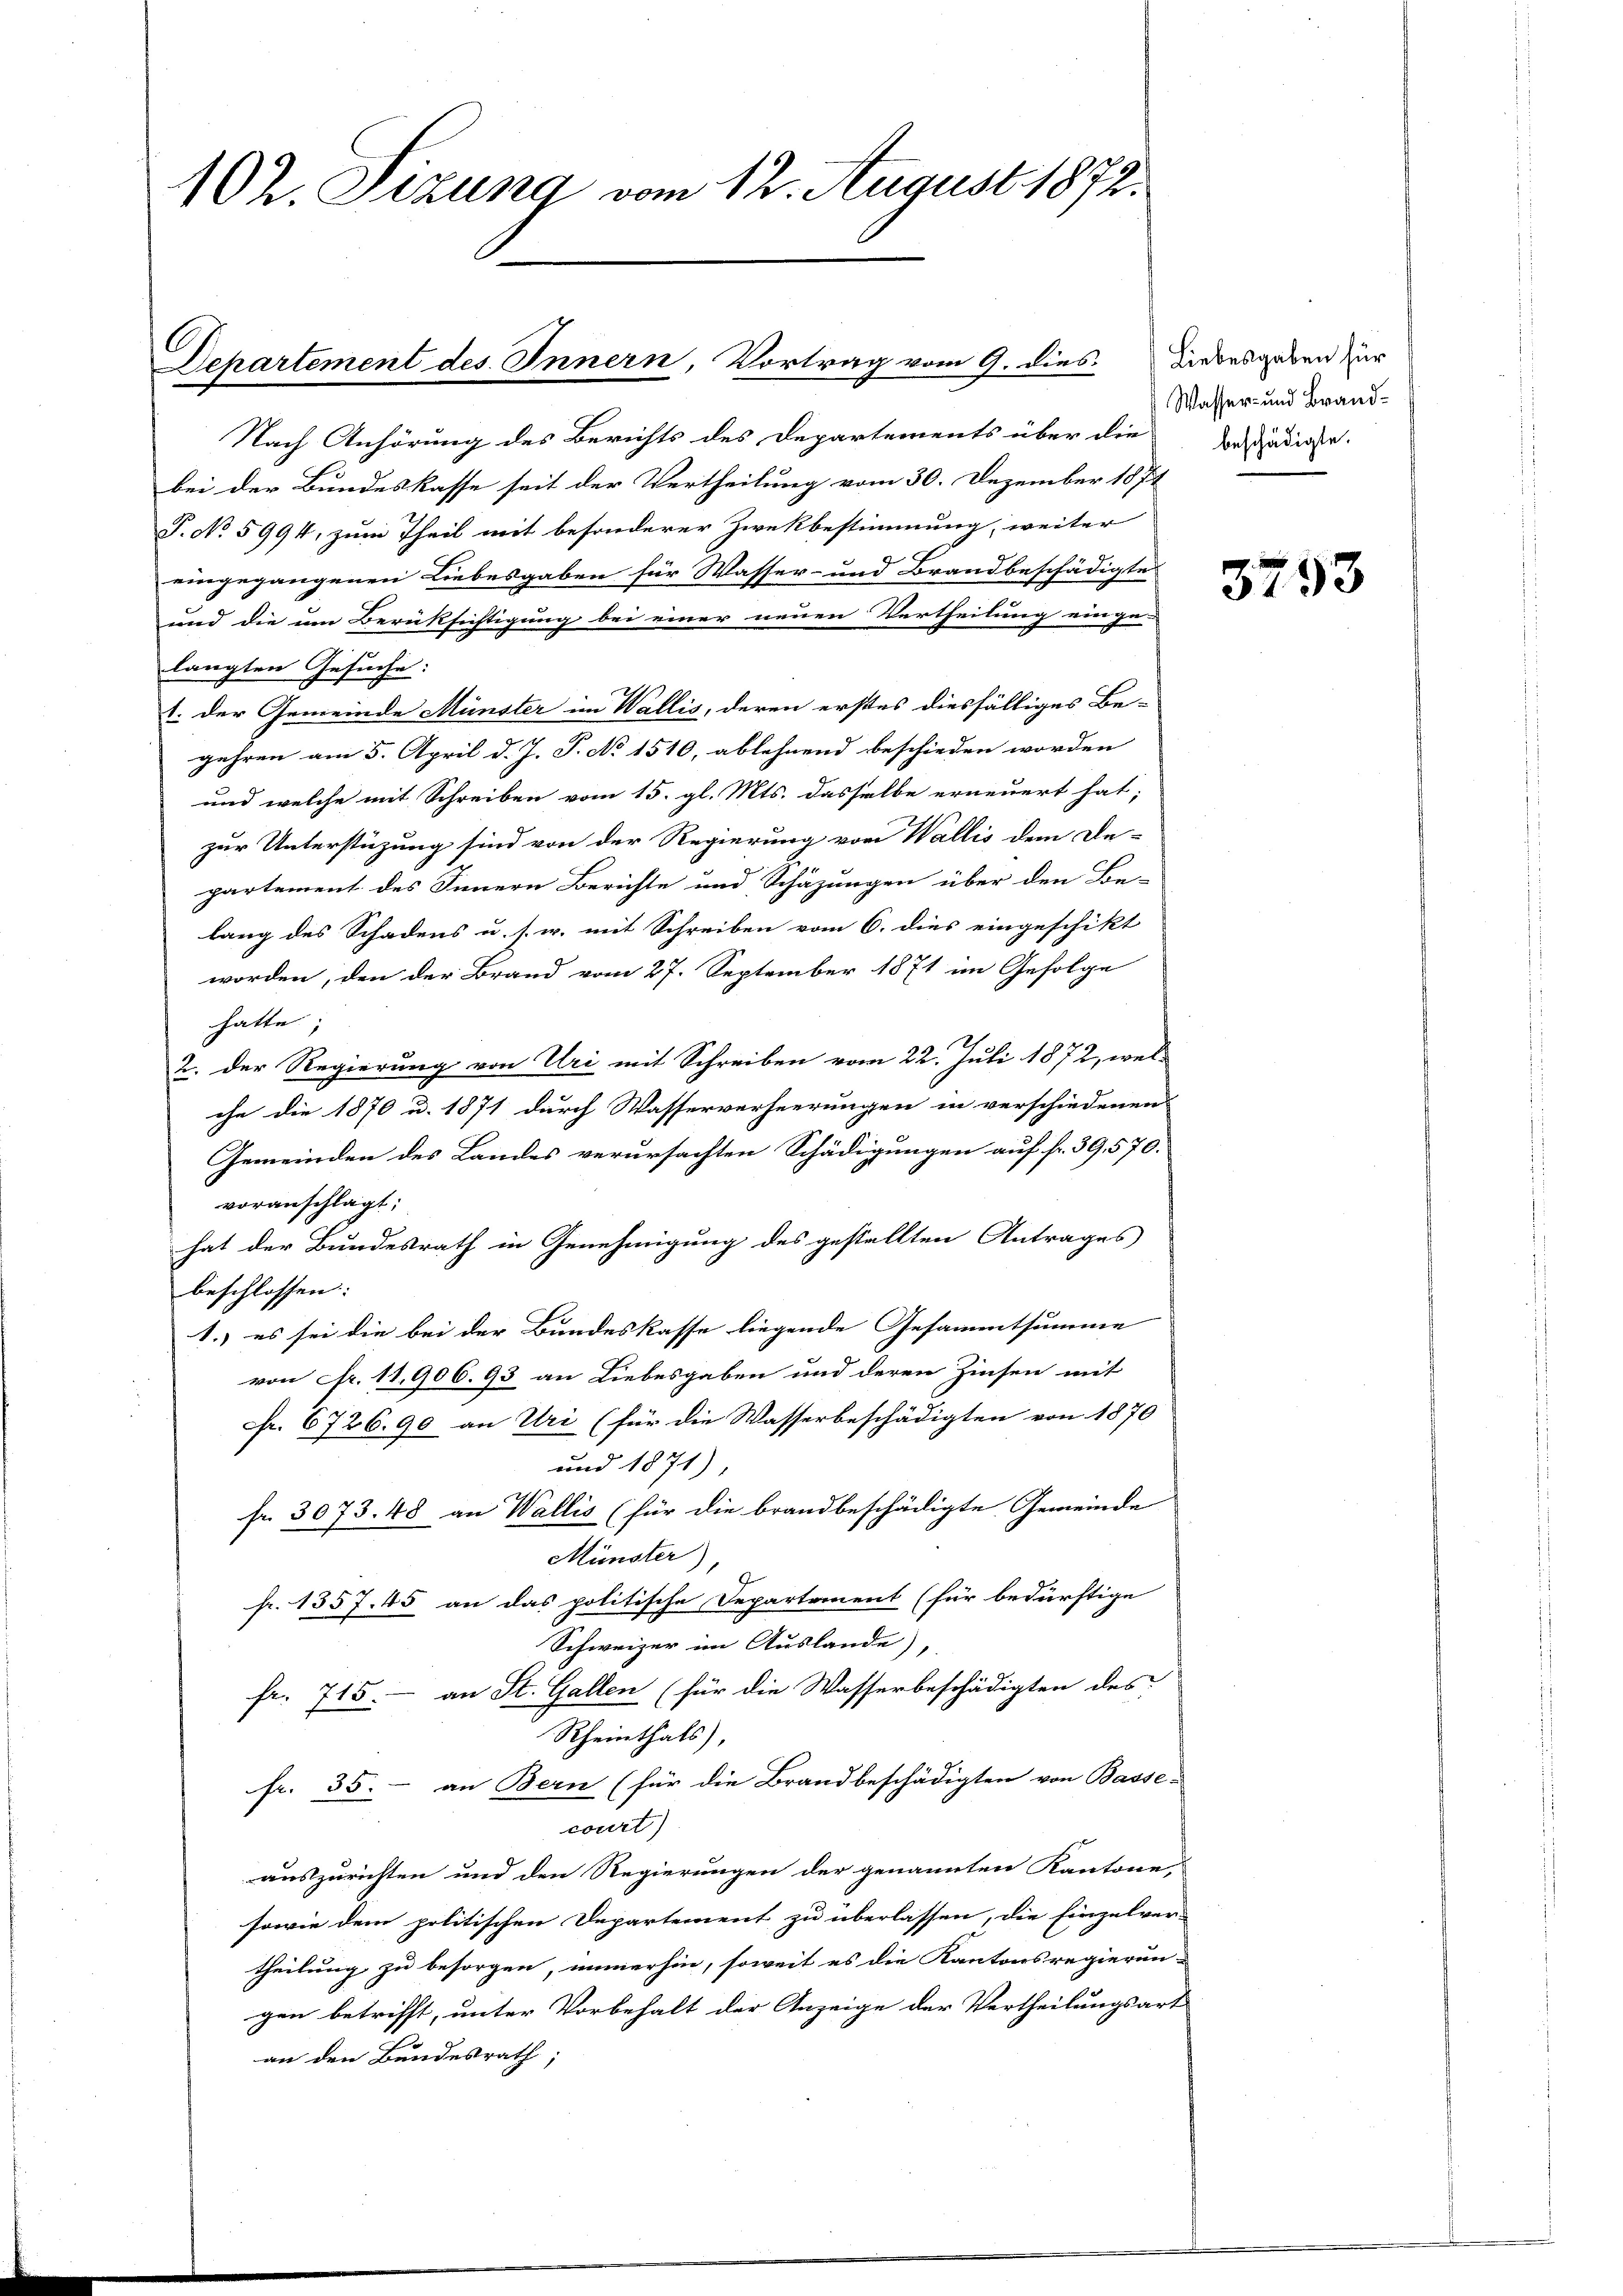
102. Sizung vom 12. August 1872.

Departement des Innern, Vortrag vom 9. dies Liebesgaben zur

Nach Anhörung des Berichts des Departements über die
bei der Bundeskasse seit der Vertheilung vom 30. Dezember 1871
P. No 5994, zum Theil mit besonderer Zwekbestimmung, weiter
eingegangenen Liebesgaben für Wasser- und Brandbeschädigte
und die um Berüksichtigung bei einer neuen Vertheilung einge-
langten Gesuche:
E: der Gemeinde Münster im Wallis, deren erstes diesfälliges Be-
gehren am 5. April d. J. P. No 1510, ablehnend beschieden worden
und welche mit Schreiben vom 15. gl. Mts. dasselbe erneuert hat;
zur Unterstüzung sind von der Regierung von Wallis dem De-
partement des Innern Berichte und Schäzungen über den Be-
lang des Schadens u. s. w. mit Schreiben vom 6. dies eingeschikt
worden, den der Brand vom 27. September 1871 im Gefolge
hatte,
2. Der Regierung von Uri mit Schreiben vom 22. Juli 1872, welche die 1870 u. 1871 durch Wasserverheerungen in verschiedenen
Gemeinden des Landes verursachten Schädigungen auf fr. 39,570.
voranschlägt;
hat der Bundesrath in Genehmigung des gestellten Antrages
beschlossen:
1.) es sei die bei der Bundeskasse liegende Gesammtsumme
von Fr. 11,906. 93 an Liebesgaben und deren Zinsen mit
Fr. 6726.90 an Uri (für die Wasserbeschädigten von 1870
und 1871),
fr. 3073. 48 an Wallis (für die brandbeschädigte Gemeinde
Münster)
fr. 1357. 45 an das politische Separtement (für bedürftige
Schweizer im Auslande),
fr. 715.– an St. Gallen (für die Wasserbeschädigten des
Rheinthals,
fr. 35. an Bern (für die Brandbeschädigten von Basse-
court)
auszurichten und den Regierungen der genannten Kantone,
sowie dem politischen Departement zu überlassen, die Einzelver-
theilung zu besorgen, immerhin, soweit es die Kantonsregierun-
gen betrifft, unter Vorbehalt der Anzeige der Vertheilungsart
an den Bundesrath;

Wasser- und Brandbeschädigte.

3753